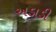
અડાડી